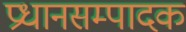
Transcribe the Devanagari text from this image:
प्रधानसम्पादक